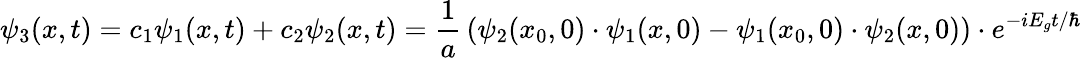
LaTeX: \psi_{3}(x,t)=c_{1}\psi_{1}(x,t)+c_{2}\psi_{2}(x,t)={\frac{1}{a}}\left(\psi_{2}(x_{0},0)\cdot\psi_{1}(x,0)-\psi_{1}(x_{0},0)\cdot\psi_{2}(x,0)\right)\cdot e^{-iE_{g}t/\hbar}